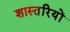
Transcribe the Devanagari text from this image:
शास्तरियों